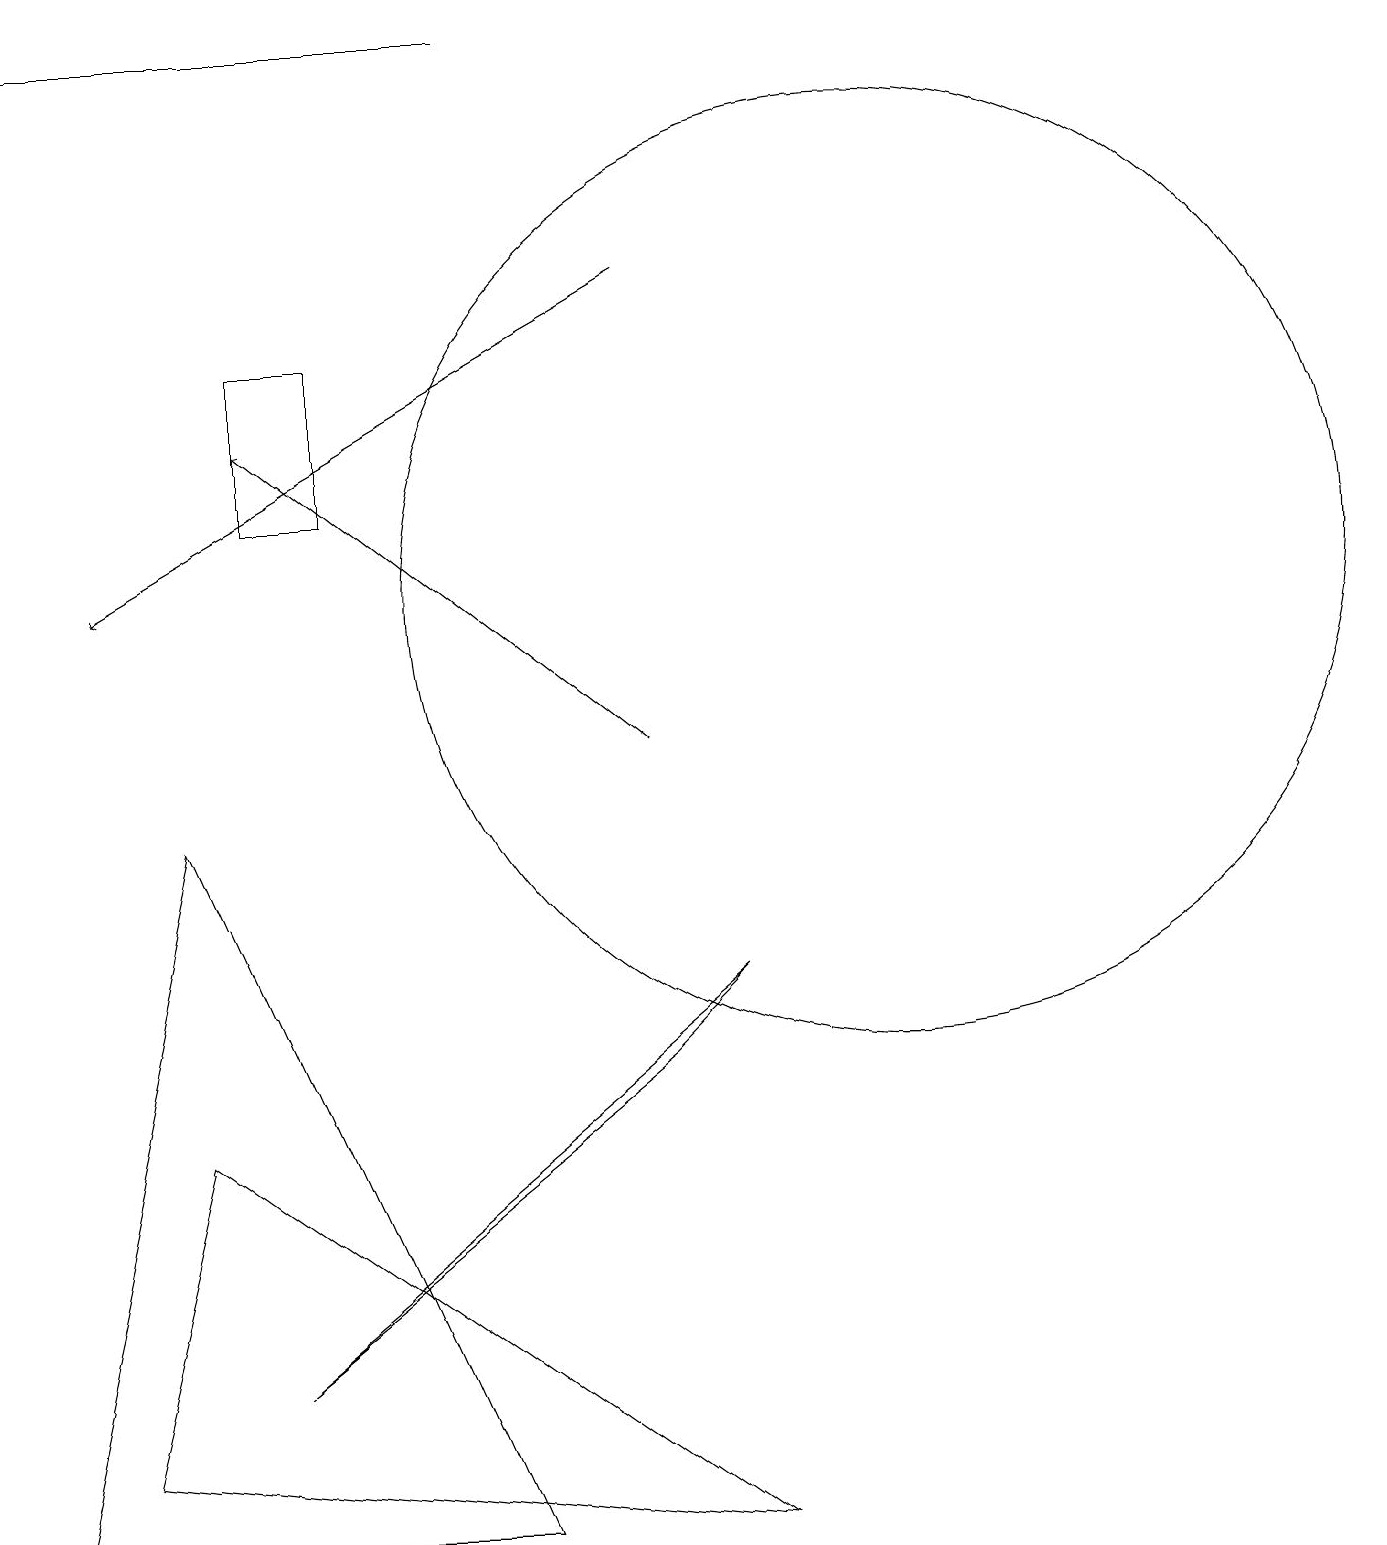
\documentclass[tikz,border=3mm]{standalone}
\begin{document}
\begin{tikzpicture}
\draw (3,13) rectangle (4,15);
\draw[->] (8,10) -- (3,14);
\draw[->] (6,19) -- (0,19);
\draw (9,0) -- (1,1) -- (2,5) -- cycle;
\draw (11,12) circle (6);
\draw[->] (8,16) -- (1,12);
\draw (2,9) -- (6,0) -- (0,0) -- cycle;
\draw (9,7) -- (8,6) -- (3,2) -- cycle;
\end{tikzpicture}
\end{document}